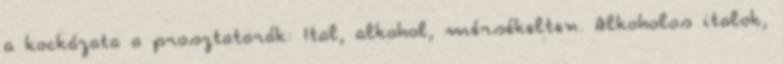
a kockázata a prosztatarák: Ital, alkohol, mérsékelten. Alkoholos italok,